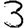
Digit: 3